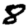
Digit: 8